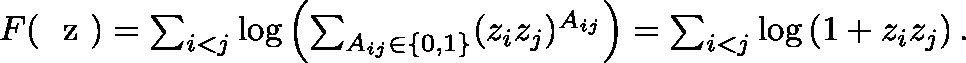
\begin{array} { r } { F ( \mathrm { ~ \boldmath ~ z ~ } ) = \sum _ { i < j } \log \left( \sum _ { A _ { i j } \in \{ 0 , 1 \} } ( z _ { i } z _ { j } ) ^ { A _ { i j } } \right) = \sum _ { i < j } \log \left( 1 + z _ { i } z _ { j } \right) . } \end{array}